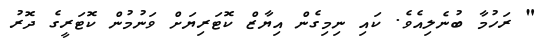
" ރަހުމާ ބުނެލިއެވެ. ކައި ނިމިގެން އިޔާޒް ކޮޓަރިޔަށް ވަނުމުން ކޮޓަރީގެ ދޮރު